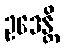
ဥဒေန္တိ